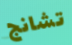
تشانج